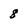
Character: 8